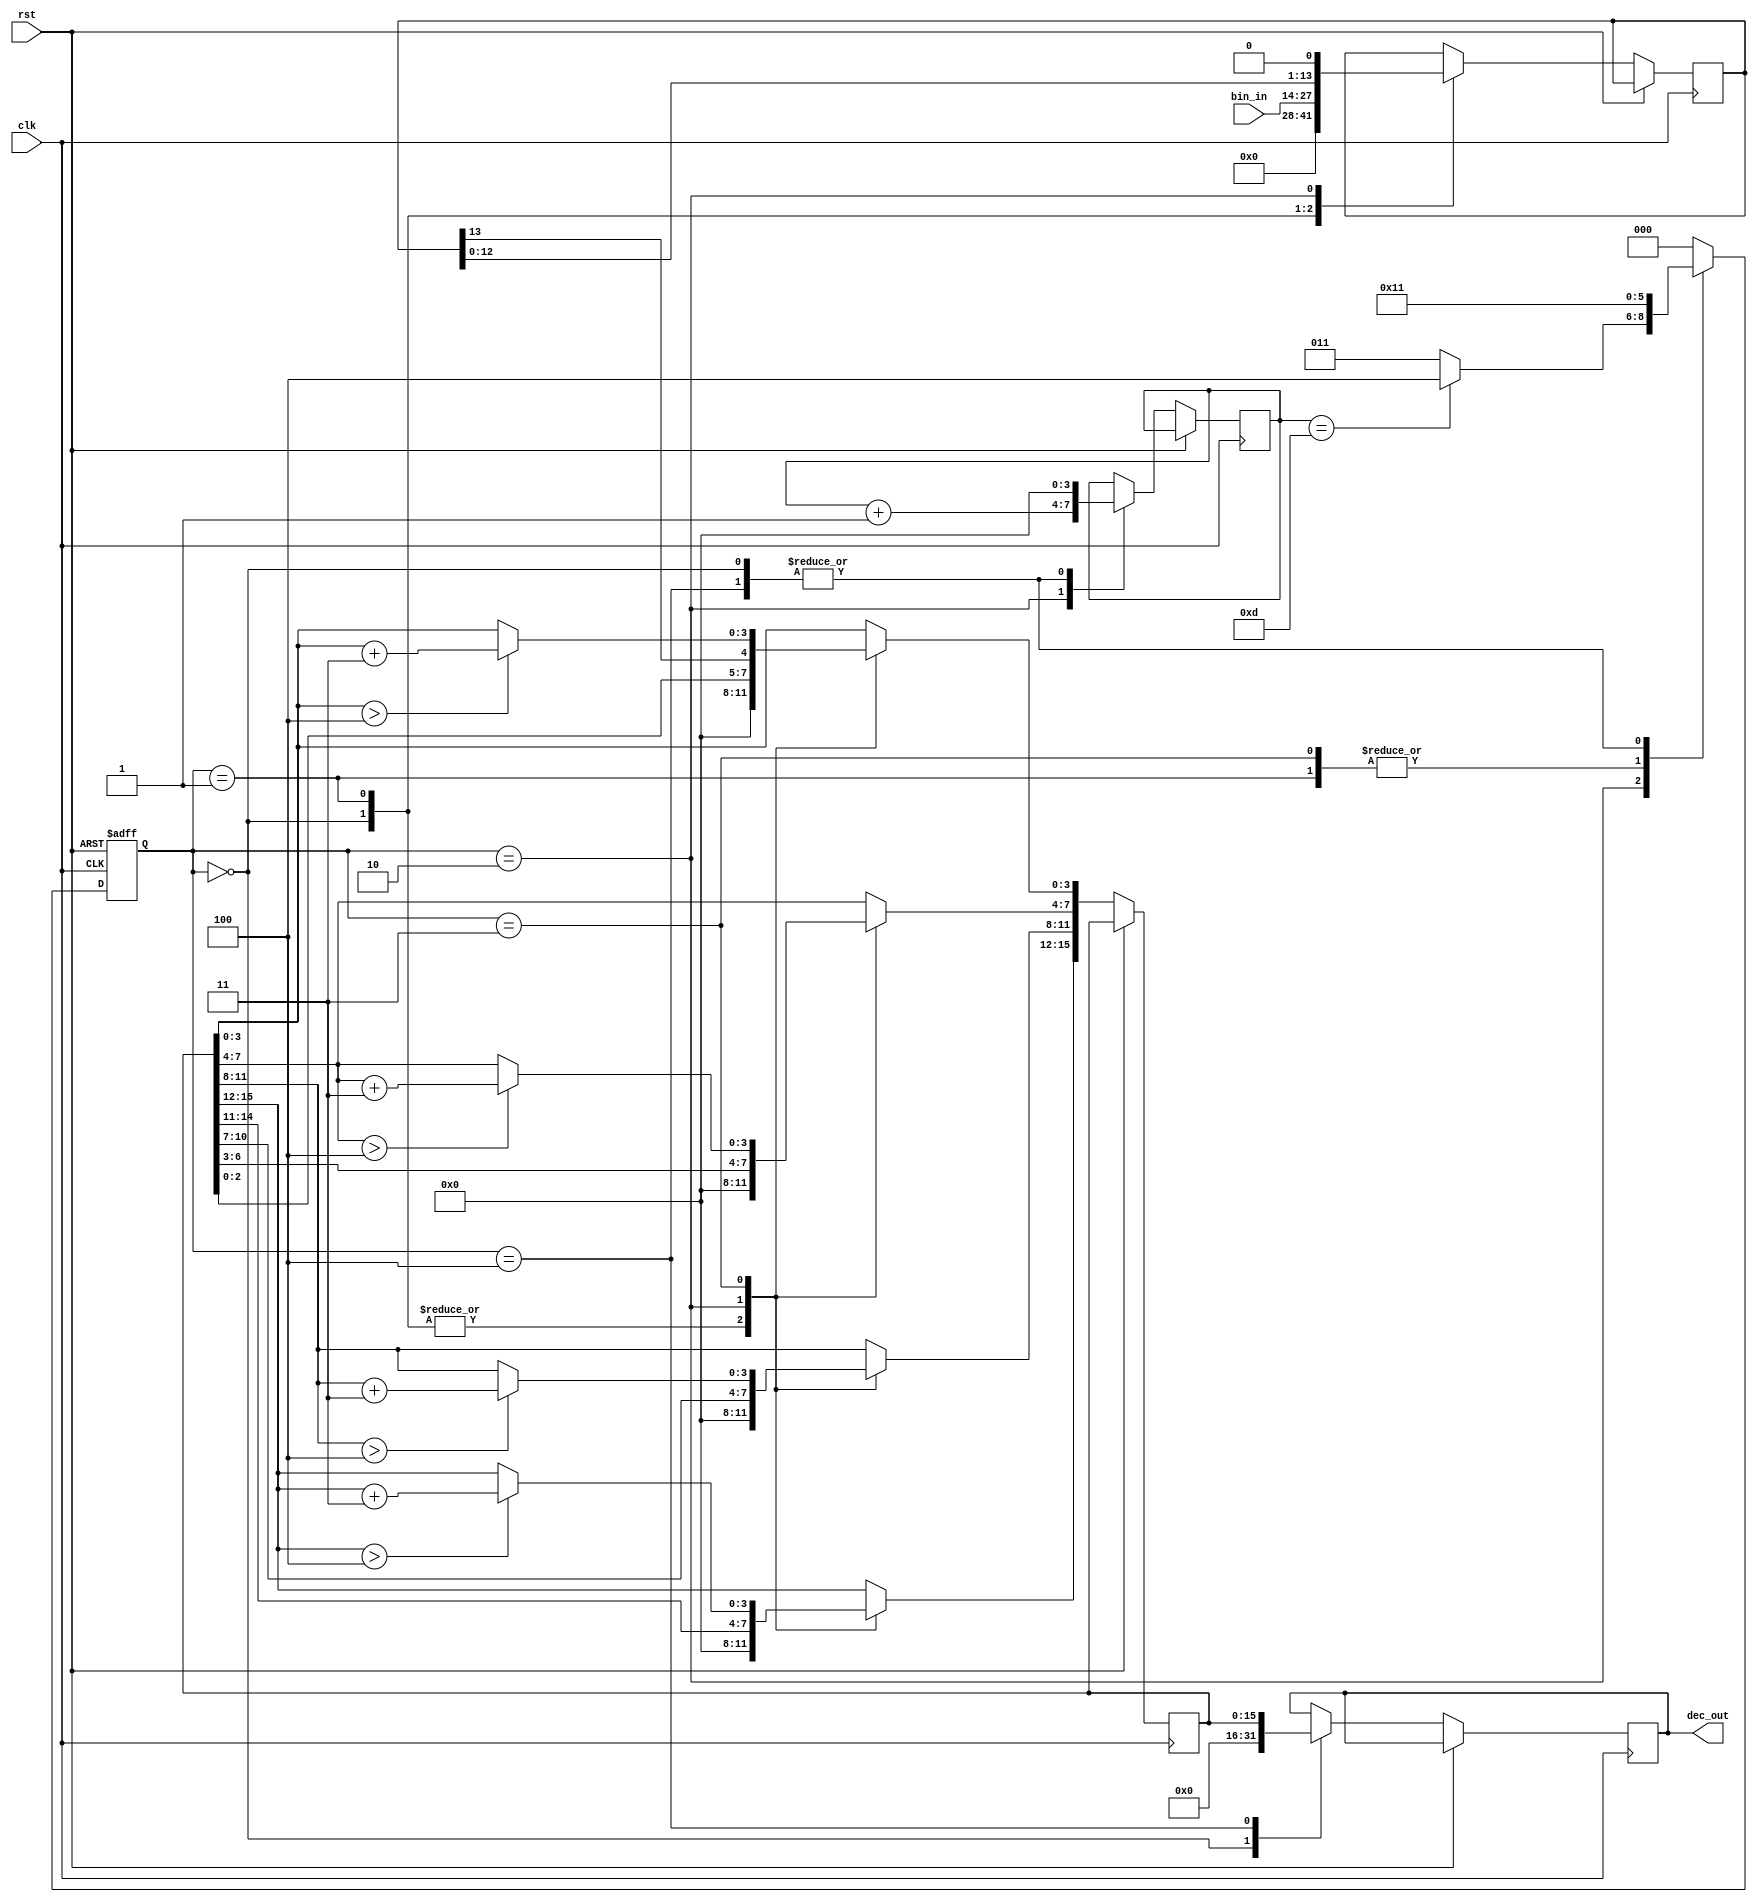
module BCD
    #(parameter BWIDTH = 14, //must avoid overflow
      parameter DWIDTH  = 16 //must be multiple of 4
     )
    (
    input wire [BWIDTH-1:0] bin_in,
    input wire clk,
    input wire rst,
    output reg [DWIDTH-1:0] dec_out
    );
    
reg [BWIDTH-1:0] bin;
reg [DWIDTH-1:0] bcd;
reg [2:0] state;
reg [3:0] i; //correct if BWIDTH>16

localparam RESET = 3'd0;
localparam START = 3'd1;
localparam SHIFT = 3'd2;
localparam ADD	 = 3'd3;
localparam DONE  = 3'd4;

always @ (posedge clk or posedge rst)
	if (rst)
		state <= RESET;
	else
	begin
	state <= START;
	case (state)
		RESET:
			begin
			bin <= 'd0;
			i <= 'd0;
			bcd <= 'd0;
			dec_out <= 'd0;
			end
		START:
			begin
			bin <= bin_in;
			bcd <= 'd0;
			state <= SHIFT;
			end
		SHIFT:
			begin
			bin <= {bin [BWIDTH-2:0], 1'd0};
	      		bcd <= {bcd [DWIDTH-2:0], bin[BWIDTH-1]};
	      		i <= i + 4'd1;
			    if (i == 4'd13)//must be BWIDTH-1
			        state <= DONE;
				    else
				    state <= ADD;
			end
		ADD:
		//comment or uncomment if needed
		//ones
		    begin
			if (bcd[3:0] > 'd4)
				begin
				bcd[3:0] <= bcd[3:0] + 4'd3;
				state <= SHIFT;
				end
			else
				state <= SHIFT;
		    //decs
		    if (bcd[7:4] > 'd4)
				begin
				bcd[7:4] <= bcd[7:4] + 4'd3;
				state <= SHIFT;
				end
			else
				state <= SHIFT;
		    //hundreds
			if (bcd[11:8] > 'd4)
				begin
				bcd[11:8] <= bcd[11:8] + 4'd3;
				state <= SHIFT;
				end
			else
				state <= SHIFT;
		//thousands
		    if (bcd[DWIDTH-1:12] > 'd4)
				begin
				bcd[DWIDTH-1:12] <= bcd[DWIDTH-1:12] + 4'd3;
				state <= SHIFT;
				end
			else
				state <= SHIFT;
		    end
		DONE:
			begin
			dec_out <= bcd;
			i <= 4'd0;
			state <= START;
			end
		default:
			state <= RESET;
		endcase
	end
	
endmodule